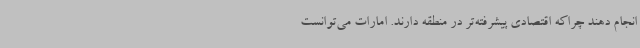
انجام دهند چراکه اقتصادی پیشرفته‌تر در منطقه دارند. امارات می‌توانست